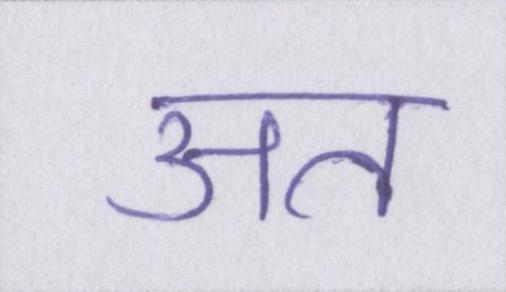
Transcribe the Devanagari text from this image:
अत